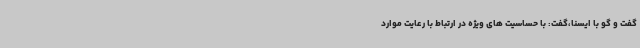
گفت و گو با ایسنا،گفت: با حساسیت های ویژه در ارتباط با رعایت موارد